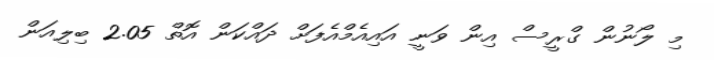
މި ލޯނުން ގްރީސް އިން ވަނީ އައިއެމްއެފަށް ދައްކަން އޮތް 2.05 ބިލިއަން